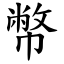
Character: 幣